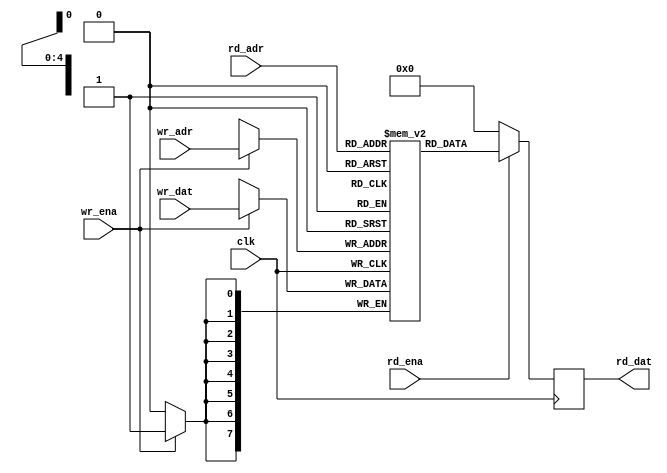
module sram_tp_be_behave (
  clk       ,
  wr_ena    ,
  wr_adr    ,
  wr_dat    ,
  rd_ena    ,
  rd_adr    ,
  rd_dat
  );


//*** PARAMETER DECLARATION ****************************************************

  parameter    ADR_WD                = 5              ;
  parameter    ADR                   = (1<<ADR_WD)    ;
  parameter    DAT_WD                = 8              ;
  parameter    COL_WD                = 8              ;


//*** INPUT/OUTPUT DECLARATION *************************************************

  input                              clk              ;
  input      [DAT_WD/COL_WD-1 :0]    wr_ena           ;
  input      [ADR_WD       -1 :0]    wr_adr           ;
  input      [DAT_WD       -1 :0]    wr_dat           ;
  input                              rd_ena           ;
  input      [ADR_WD       -1 :0]    rd_adr           ;
  output reg [DAT_WD       -1 :0]    rd_dat           ;


//*** WIRE & REG DECLARATION ***************************************************

  reg        [DAT_WD       -1 :0]    mem_array[ADR-1 :0] ;


//*** MAIN BODY ****************************************************************

  genvar i ;

  generate
    for(i=0 ;i<DAT_WD/COL_WD ;i=i+1 ) begin
      always @(posedge clk ) begin
        if( wr_ena[i] ) begin
          mem_array[wr_adr][(i+1)*COL_WD-1:i*COL_WD] <= wr_dat[(i+1)*COL_WD-1:i*COL_WD] ;
        end
      end
    end
  endgenerate

  always @(posedge clk ) begin
    if( rd_ena ) begin
      rd_dat <= mem_array[rd_adr] ;
    end
    else begin
      rd_dat <= {{DAT_WD{1'b0}}} ;
    end
  end


//*** DEBUG ********************************************************************

`ifndef BEHAVE_MODEL

  initial begin
    #1 ;
    $display( "\\\\\\\\\\\\\\\\\\\\\\\\\\\\\\\\t calling sram_tp_be_behave @%m" );
  end

`endif

endmodule